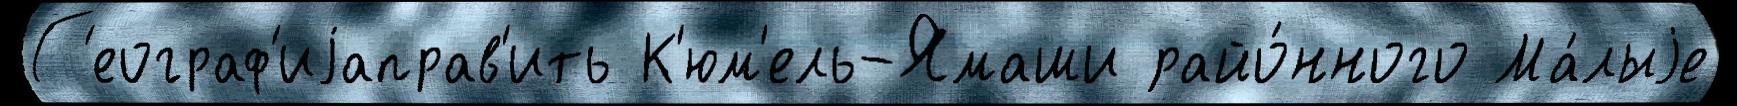
Г'еограф'иjаправ'ить К'юм'ель-Ямаши райо́нного Ма́лыjе